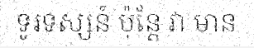
ទូរទស្សន៍ ប៉ុន្តែ វា មាន